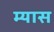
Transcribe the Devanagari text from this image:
म्यास